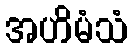
အဟိမံသံ